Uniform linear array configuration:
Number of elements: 32
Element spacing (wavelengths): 0.25
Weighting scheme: kaiser
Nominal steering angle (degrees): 30
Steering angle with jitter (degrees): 29.195
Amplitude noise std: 0.05
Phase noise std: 0.05

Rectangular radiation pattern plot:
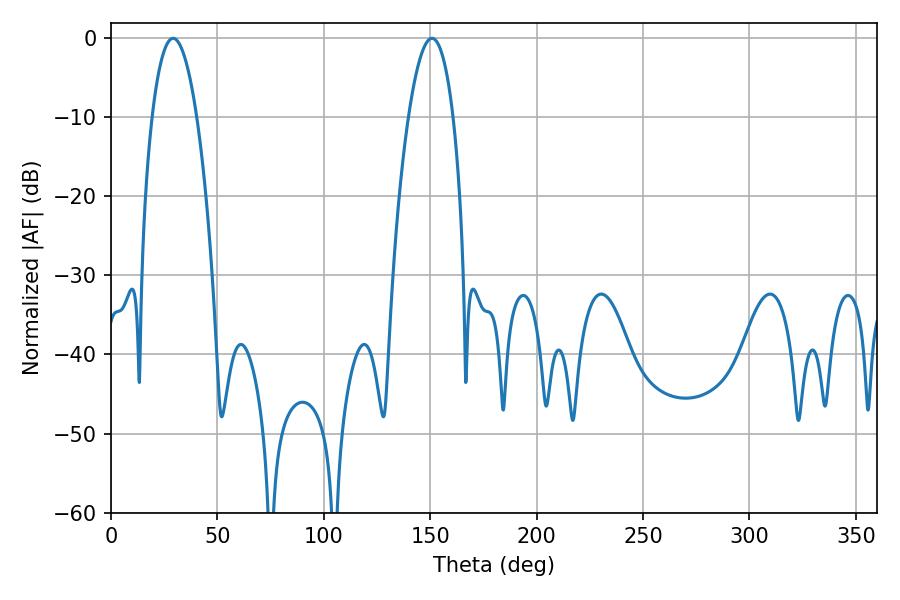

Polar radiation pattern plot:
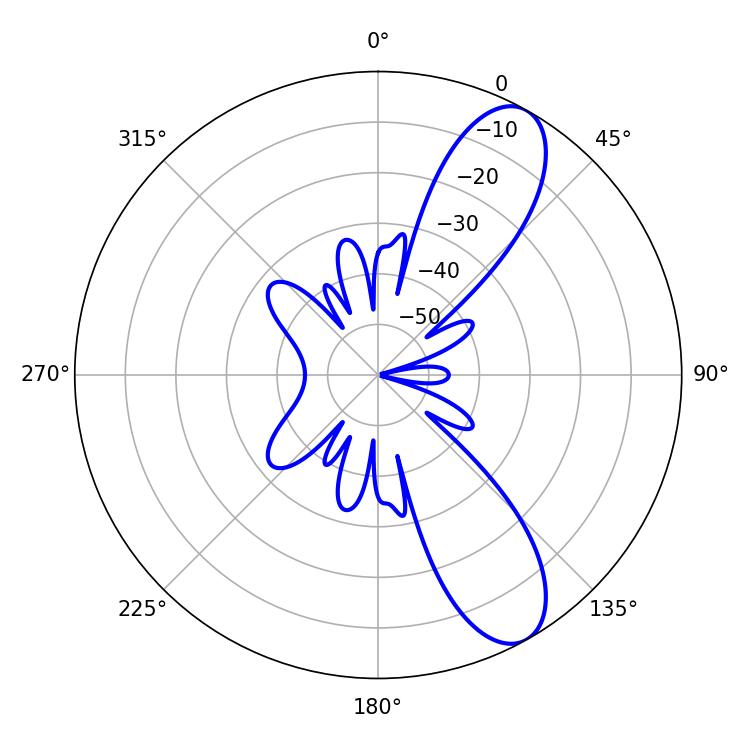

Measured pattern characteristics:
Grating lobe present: FALSE
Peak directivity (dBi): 9.731
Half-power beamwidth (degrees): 11.52
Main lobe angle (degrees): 29.16